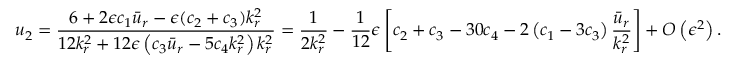
u _ { 2 } = \frac { 6 + 2 \epsilon c _ { 1 } \bar { u } _ { r } - \epsilon ( c _ { 2 } + c _ { 3 } ) k _ { r } ^ { 2 } } { 1 2 k _ { r } ^ { 2 } + 1 2 \epsilon \left( c _ { 3 } \bar { u } _ { r } - 5 c _ { 4 } k _ { r } ^ { 2 } \right) k _ { r } ^ { 2 } } = \frac { 1 } { 2 k _ { r } ^ { 2 } } - \frac { 1 } { 1 2 } \epsilon \left[ c _ { 2 } + c _ { 3 } - 3 0 c _ { 4 } - 2 \left( c _ { 1 } - 3 c _ { 3 } \right) \frac { \bar { u } _ { r } } { k _ { r } ^ { 2 } } \right] + O \left( \epsilon ^ { 2 } \right) .